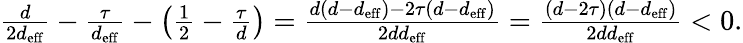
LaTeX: \begin{array}{r}{\frac{d}{2d_{\mathrm{eff}}}-\frac{\tau}{d_{\mathrm{eff}}}-\left(\frac{1}{2}-\frac{\tau}{d}\right)=\frac{d(d-d_{\mathrm{eff}})-2\tau(d-d_{\mathrm{eff}})}{2dd_{\mathrm{eff}}}=\frac{(d-2\tau)(d-d_{\mathrm{eff}})}{2dd_{\mathrm{eff}}}<0.}\end{array}